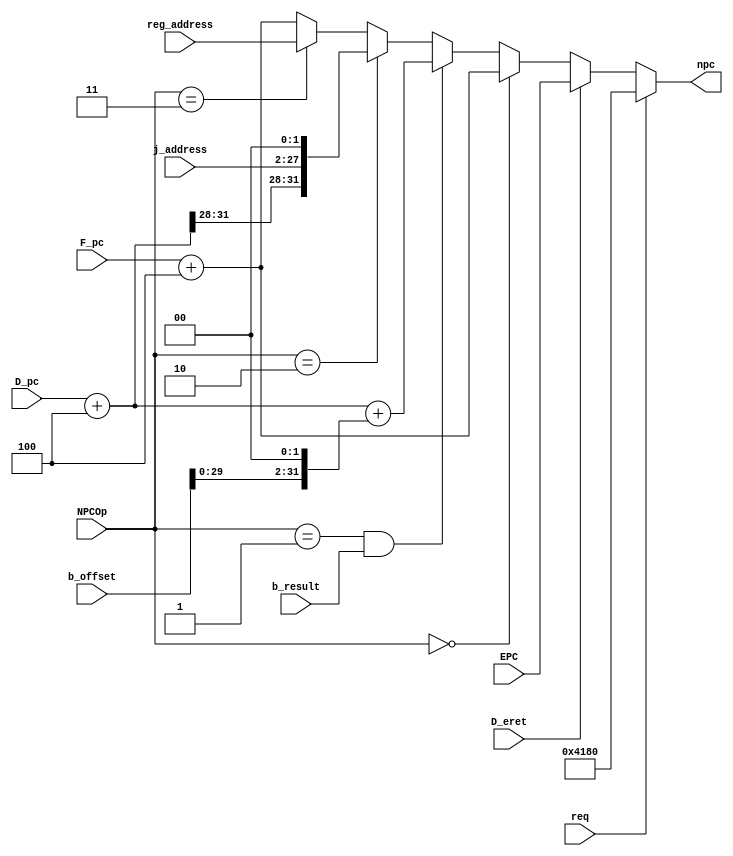
`timescale 1ns / 1ps
//////////////////////////////////////////////////////////////////////////////////
// Company: 
// Engineer: 
// 
// Design Name: 
// Module Name:    NPC 
// Project Name: 
// Target Devices: 
// Tool versions: 
// Description: 
//
// Dependencies: 
//
// Revision: 
// Revision 0.01 - File Created
// Additional Comments: 
//
//////////////////////////////////////////////////////////////////////////////////
// the point is NPC is in D not in F ; a big error!
module NPC(
input wire [31:0] F_pc,
input wire [31:0] D_pc,
input wire [31:0] b_offset,
input wire [25:0] j_address,
input wire [31:0] reg_address,
input wire [2:0] NPCOp,
input wire [31:0] EPC,
input wire req,
input wire D_eret,
input wire b_result,
output wire [31:0] npc
    );
wire [31:0] ADD4 = D_pc + 4'b0100;

assign npc = (req) ? 32'h0000_4180 : 
				 (D_eret) ? EPC :
				 (NPCOp == 3'b000) ? F_pc + 4'd4 :
				 (NPCOp == 3'b001 && b_result) ? D_pc + 4'd4 + (b_offset << 2'b10) : 
				 (NPCOp == 3'b010) ? {ADD4[31:28],j_address,2'b00} :
				 (NPCOp == 3'b011) ? reg_address :
				 (F_pc + 4'd4); 
				 

endmodule